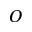
O